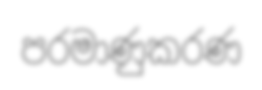
පරමාණුකරණ